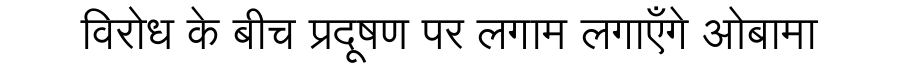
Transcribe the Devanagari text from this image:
विरोध के बीच प्रदूषण पर लगाम लगाएँगे ओबामा